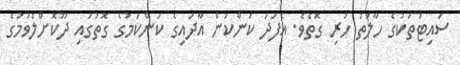
ސައިޓުތަކުގެ ހާލަތު ހުރި ގޮތެވެ. އެފަދަ ކަންކަން އާދައިގެ ކަންކަމުގެ ގޮތުގައި ދޫކޮށްލެވުމުގެ